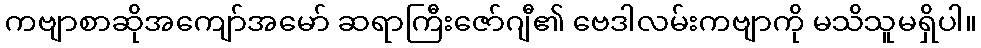
ကဗျာစာဆိုအကျော်အမော် ဆရာကြီးဇော်ဂျီ၏ ဗေဒါလမ်းကဗျာကို မသိသူမရှိပါ။